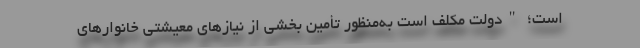
است؛ "دولت مکلف است به‌منظور تأمین بخشی از نیازهای معیشتی خانوارهای